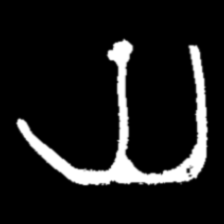
Pyu character \u2014 Myanmar letter: ယ (romanized: ya)